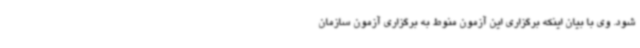
شود. وی با بیان اینکه برگزاری این آزمون منوط به برگزاری آزمون سازمان